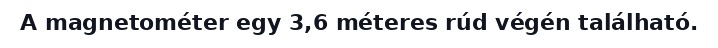
A magnetométer egy 3,6 méteres rúd végén található.